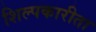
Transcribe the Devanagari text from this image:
शिल्पकारीता